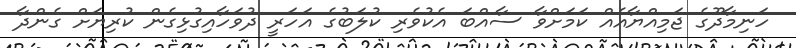
ހަނިމާދޫގެ ޖަމިއްޔާއެއް ކަމަށްވާ ސާއްބަ އެކުވެރި ކުލަބުގެ އަހަރީ ދުވަހާއިގުޅިގެން ކުރިޔަށް ގެންދާ